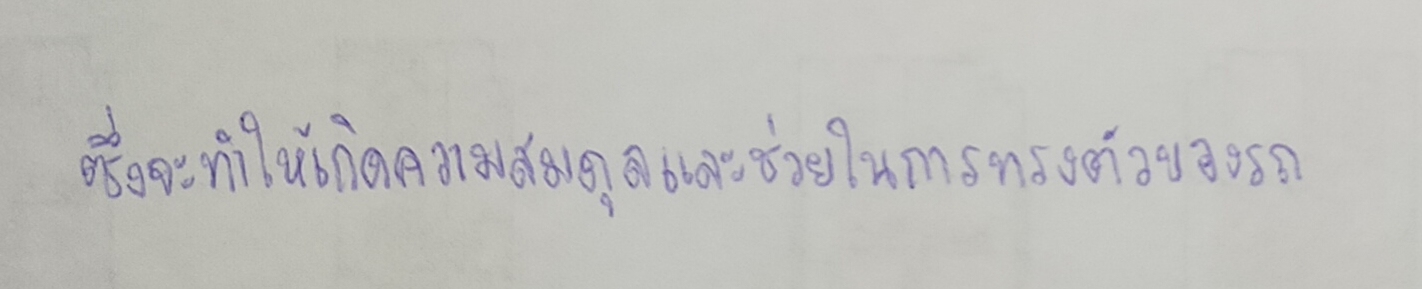
ซึ่งจะทำให้เกิดความสมดุลและช่วยในการทรงตัวของรถ